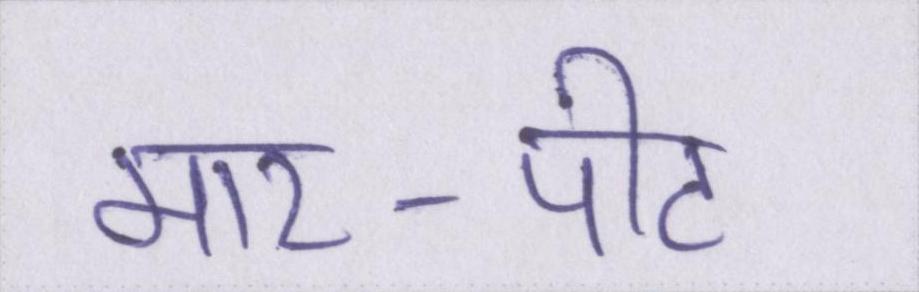
मार-पीट